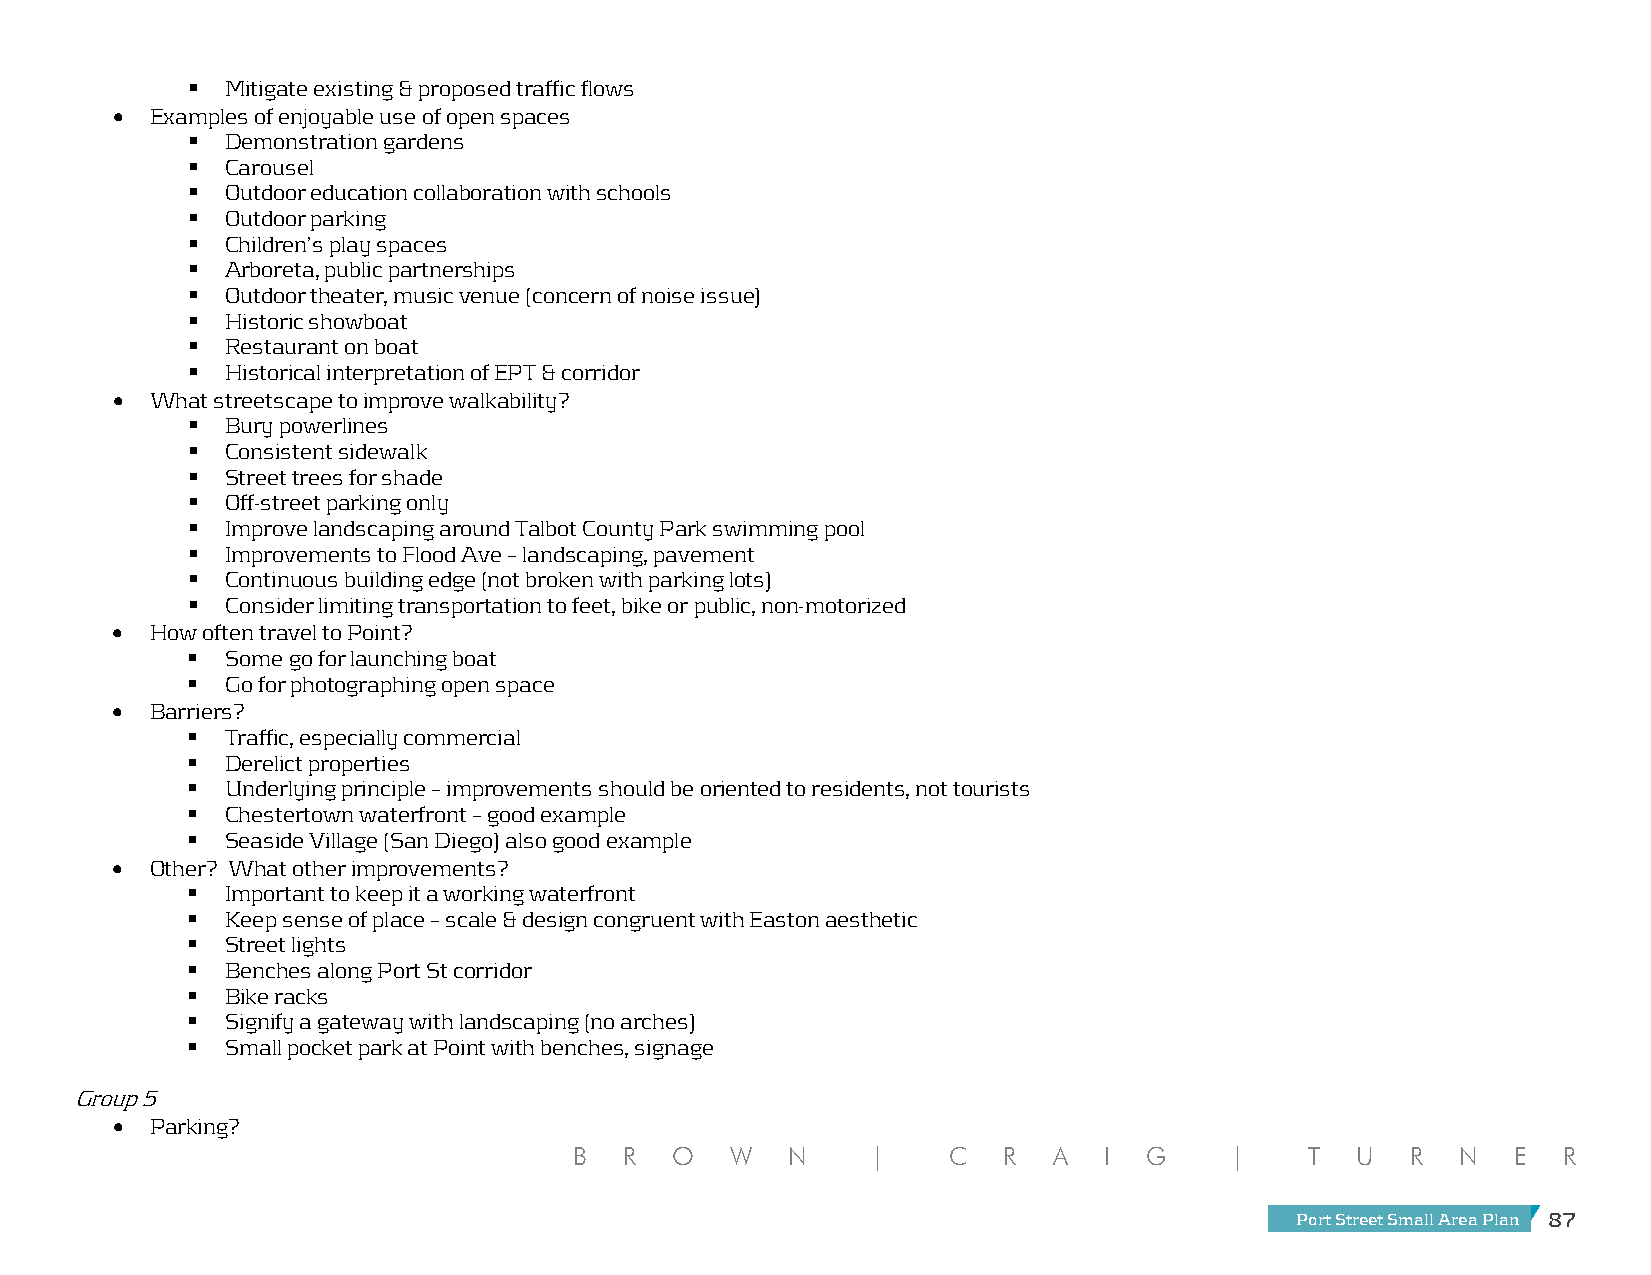
  Mitigate existing & proposed traffic flows
 •  Examples of enjoyable use of open spaces
   Demonstration gardens
   Carousel
   Outdoor education collaboration with schools
   Outdoor parking
   Children’s play spaces
   Arboreta, public partnerships
   Outdoor theater, music venue (concern of noise issue)
   Historic showboat
   Restaurant on boat
   Historical interpretation of EPT & corridor
 •  What streetscape to improve walkability?
   Bury powerlines
   Consistent sidewalk
   Street trees for shade
   Off-street parking only
   Improve landscaping around Talbot County Park swimming pool
   Improvements to Flood Ave – landscaping, pavement
   Continuous building edge (not broken with parking lots)
   Consider limiting transportation to feet, bike or public, non-motorized
 •  How often travel to Point?
   Some go for launching boat
   Go for photographing open space
 •  Barriers?
   Traffic, especially commercial
   Derelict properties
   Underlying principle – improvements should be oriented to residents, not tourists
   Chestertown waterfront – good example
   Seaside Village (San Diego) also good example
 •  Other? What other improvements?
   Important to keep it a working waterfront
   Keep sense of place – scale & design congruent with Easton aesthetic
   Street lights
   Benches along Port St corridor
   Bike racks
   Signify a gateway with landscaping (no arches)
   Small pocket park at Point with benches, signage
 Group 5
 •  Parking?
 B  R  O   W   N     |    C  R   A  I  G    |     T  U  R   N  E  R
 Port Street Small Area Plan 87